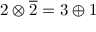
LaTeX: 2 \otimes { \overline { { 2 } } } = 3 \oplus 1